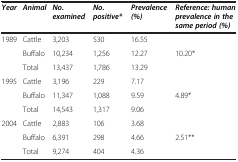
| Year | Animal | No. examined | No. positive* | Prevalence (%) | Reference: human prevalence in the same period (%) |
 | --- | --- | --- | --- | --- | --- |
 | 1989 | Cattle | 3,203 | 530 | 16.55 |  |
 |  | Buffalo | 10,234 | 1,256 | 12.27 | 10.20* |
 |  | Total | 13,437 | 1,786 | 13.29 |  |
 | 1995 | Cattle | 3,196 | 229 | 7.17 |  |
 |  | Buffalo | 11,347 | 1,088 | 9.59 | 4.89* |
 |  | Total | 14,543 | 1,317 | 9.06 |  |
 | 2004 | Cattle | 2,883 | 106 | 3.68 |  |
 |  | Buffalo | 6,391 | 298 | 4.66 | 2.51** |
 |  | Total | 9,274 | 404 | 4.36 |  |